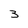
Character: 3